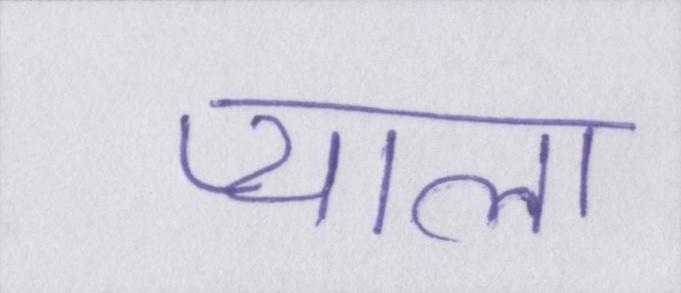
प्याला